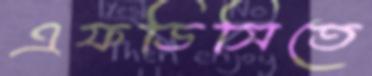
এফডিসিতে